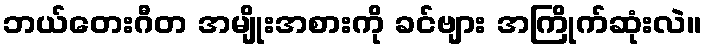
ဘယ်တေးဂီတ အမျိုးအစားကို ခင်ဗျား အကြိုက်ဆုံးလဲ။